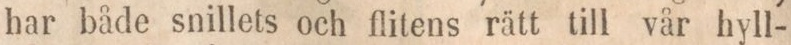
har både snillets och flitens rätt till vår hyll-